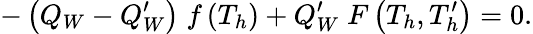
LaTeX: -\left(Q_{W}-Q_{W}^{\prime}\right)\; f\left(T_{h}\right)+Q_{W}^{\prime}\; F\left(T_{h},T_{h}^{\prime}\right)=0.